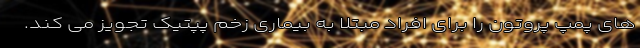
های پمپ پروتون را برای افراد مبتلا به بیماری زخم پپتیک تجویز می کند.